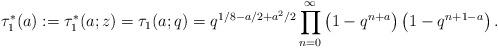
LaTeX: \begin{align*}\tau_1^{*}(a):=\tau^{*}_1(a;z)=\tau_1(a;q)=q^{1/8-a/2+a^2/2}\prod^{\infty}_{n=0}\left(1-q^{n+a}\right)\left(1-q^{n+1-a}\right).\end{align*}